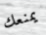
يمنعك